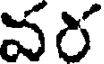
వర